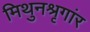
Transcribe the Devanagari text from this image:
मिथुनश्रृगांर